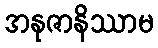
အနုဇာနိဿာမ